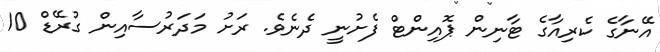
އޭނާގެ ކެރިއާގެ ޓާނިން ޕޮއިންޓް ފެށުނީ ދެނެވެ. ރަށު މަދަރުސާއިން ގުރޭޑް 10